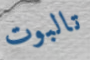
تالبوت